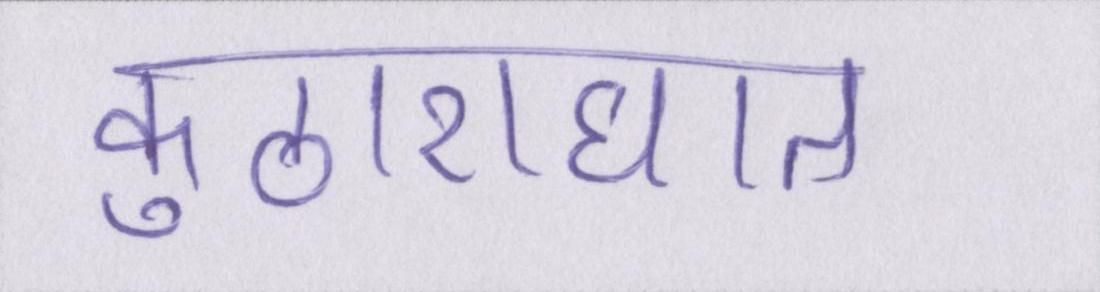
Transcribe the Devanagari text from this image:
कुठाराघात